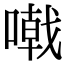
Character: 𠽤